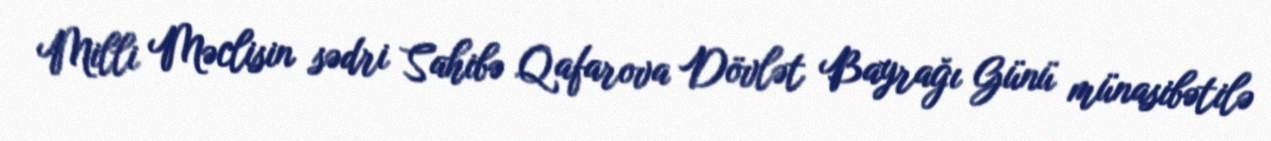
Milli Məclisin sədri Sahibə Qafarova Dövlət Bayrağı Günü münasibətilə